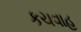
કચવાહ